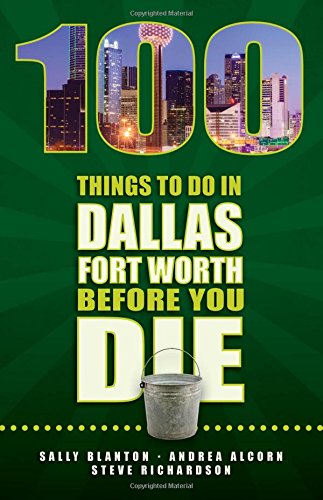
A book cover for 100 Things to Do in Dallas- Fort Worth Before You Die; Sally Blanton; Travel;